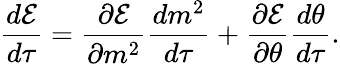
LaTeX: \frac{d\mathcal{E}}{d\tau}=\frac{\partial\mathcal{E}}{\partial m^{2}}\frac{dm^{2}}{d\tau}+\frac{\partial\mathcal{E}}{\partial\theta}\frac{d\theta}{d\tau}.